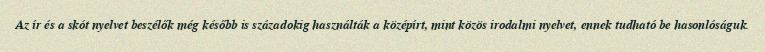
Az ír és a skót nyelvet beszélők még később is századokig használták a középírt, mint közös irodalmi nyelvet, ennek tudható be hasonlóságuk.